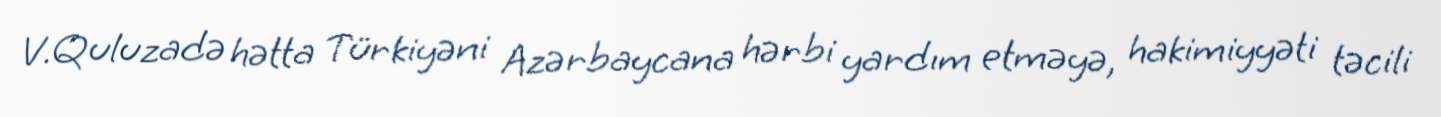
V.Quluzadə hətta Türkiyəni Azərbaycana hərbi yardım etməyə, hakimiyyəti təcili